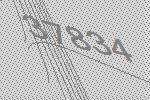
37834